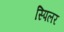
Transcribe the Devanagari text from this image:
स्पिलर